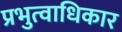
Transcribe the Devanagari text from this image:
प्रभुत्वाधिकार